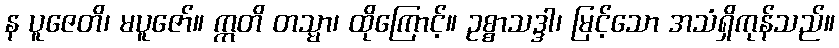
န ပူဇေတိ၊ မပူဇော်။ ဣတိ တသ္မာ၊ ထိုကြောင့်။ ဥစ္စာသဒ္ဒါ၊ မြင့်သော အသံရှိကုန်သည်။